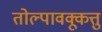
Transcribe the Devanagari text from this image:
तोल्पावक्कूत्तु